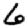
Digit: 6